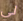
لي